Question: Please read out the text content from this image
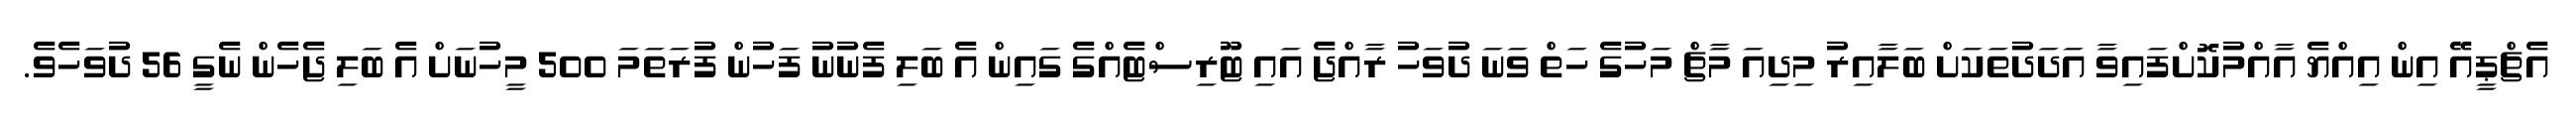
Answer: އެޗްޕީއޭ އިން އިއްޔެ އާއްމުކޮށްފައިވާ އަދަދުތަކަށް ބަލާއިރު މިދިއަ މާޗް މަހުގެ ހަތް ވަނަ ދުވަހު ރާއްޖެ އައި ޓޫރިސްޓެއްގެ ގައިން އެ ބަލި ފެނުނު ފަހުން ފުރަތަމަ 500 މީހުނަށް އެ ބަލި ޖެހެން ނެގީ 56 ދުވަހެވެ.